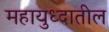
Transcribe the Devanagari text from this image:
महायुध्दातील